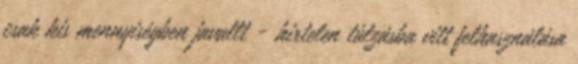
csak kis mennyiségben javallt - hirtelen túlzásba vitt felhasználása